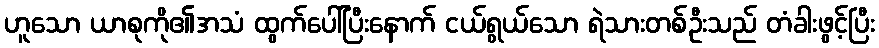
ဟူသော ယာစုကို၏အသံ ထွက်ပေါ်ပြီးနောက် ငယ်ရွယ်သော ရဲသားတစ်ဦးသည် တံခါးဖွင့်ပြီး